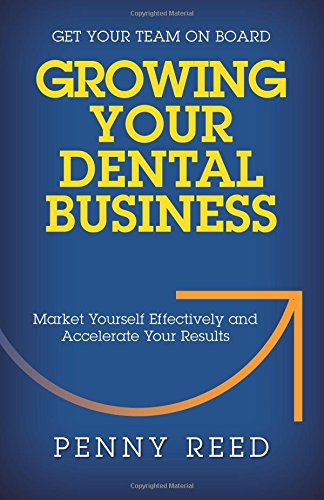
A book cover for Growing Your Dental Business: Market Yourself Effectively and Accelerate Your Results; Penny Reed; Medical Books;